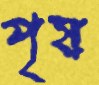
পৃষ